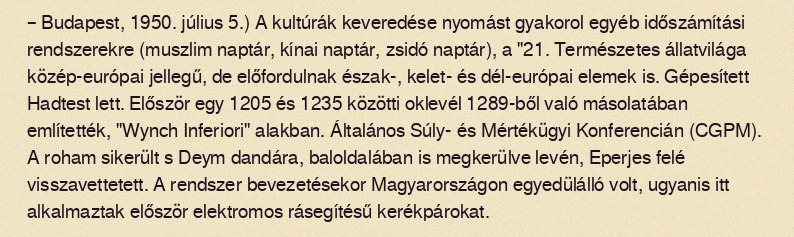
– Budapest, 1950. július 5.) A kultúrák keveredése nyomást gyakorol egyéb időszámítási rendszerekre (muszlim naptár, kínai naptár, zsidó naptár), a "21. Természetes állatvilága közép-európai jellegű, de előfordulnak észak-, kelet- és dél-európai elemek is. Gépesített Hadtest lett. Először egy 1205 és 1235 közötti oklevél 1289-ből való másolatában említették, "Wynch Inferiori" alakban. Általános Súly- és Mértékügyi Konferencián (CGPM). A roham sikerült s Deym dandára, baloldalában is megkerülve levén, Eperjes felé visszavettetett. A rendszer bevezetésekor Magyarországon egyedülálló volt, ugyanis itt alkalmaztak először elektromos rásegítésű kerékpárokat.